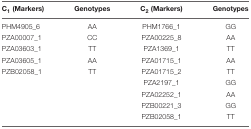
<table><thead><tr><td><b>C<sub>1</sub> (Markers)</b></td><td><b>Genotypes</b></td><td><b>C<sub>2</sub> (Markers)</b></td><td><b>Genotypes</b></td></tr></thead><tbody><tr><td>PHM4905_6</td><td>AA</td><td>PHM1766_1</td><td>GG</td></tr><tr><td>PZA00007_1</td><td>CC</td><td>PZA00225_8</td><td>AA</td></tr><tr><td>PZA03603_1</td><td>TT</td><td>PZA1369_1</td><td>TT</td></tr><tr><td>PZA03605_1</td><td>AA</td><td>PZA01715_1</td><td>AA</td></tr><tr><td>PZB02058_1</td><td>TT</td><td>PZA01715_2</td><td>TT</td></tr><tr><td></td><td></td><td>PZA2197_1</td><td>GG</td></tr><tr><td></td><td></td><td>PZA02252_1</td><td>AA</td></tr><tr><td></td><td></td><td>PZB00221_3</td><td>GG</td></tr><tr><td></td><td></td><td>PZB02058_1</td><td>TT</td></tr></tbody></table>